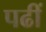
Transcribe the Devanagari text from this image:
पढीं